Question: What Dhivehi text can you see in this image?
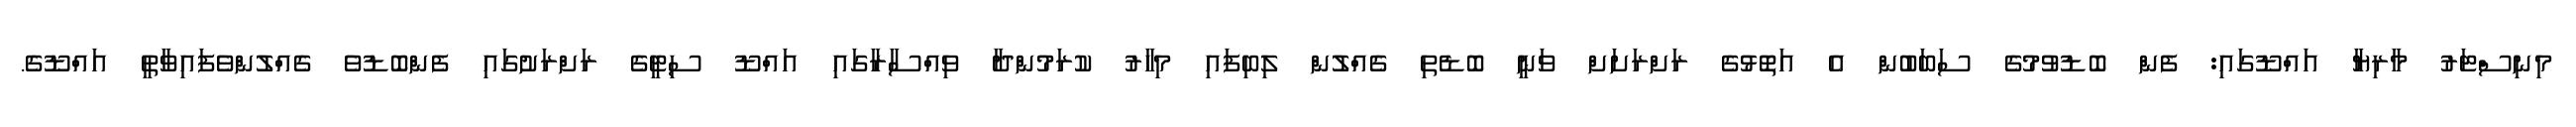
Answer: މިނިސްޓަރު މާރިޔާ އައްޑޫގައި: ފެން ބޮޑުވުމުގެ ސަބަބުން އެ އަތޮޅުގެ ރަށްރަށަށް ވަނީ ބޮޑެތި ގެއްލުން ލިބިފައި މިހާރު ކުރަމުންދާ ވިއްސާރާގައި އައްޑޫ ސިޓީގެ ރަށްރަށުގައި ފެންބޮޑުވެ ގެއްލުންވެފައިވާތީ އައްޑޫގެ.